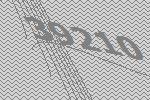
39210